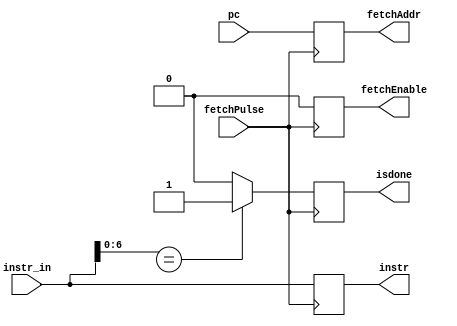
`timescale 10ps / 100fs

module instructionFetch (
	input wire[31:0] pc,
	input wire fetchPulse,

	output reg[31:0] instr,
	output reg isdone,
	
	input wire[31:0] instr_in,
	output reg[31:0] fetchAddr,
	output reg fetchEnable
); 

reg[31:0] mem[0:1000];

always @(posedge fetchPulse) begin
	fetchEnable = 1'b0;
	fetchAddr = pc;
	fetchEnable = 1'b1;
	#0.01
	instr = instr_in;
	if (instr[6:0] == 7'bxxxxxxx) begin
		isdone = 1'b1;
	end else begin
		isdone = 1'b0;
	end
	fetchEnable = 1'b0;
end

endmodule